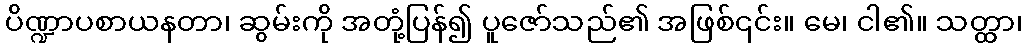
ပိဏ္ဍာပစာယနတာ၊ ဆွမ်းကို အတုံ့ပြန်၍ ပူဇော်သည်၏ အဖြစ်၎င်း။ မေ၊ ငါ၏။ သတ္ထာ၊